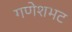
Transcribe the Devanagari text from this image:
गणेशभट